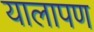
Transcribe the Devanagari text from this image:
यालापण